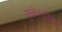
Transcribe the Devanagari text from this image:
सूकेरातिंग